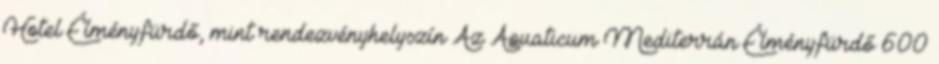
Hotel Élményfürdő, mint rendezvényhelyszín Az Aquaticum Mediterrán Élményfürdő 600